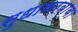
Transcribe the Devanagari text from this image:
सुधाकरबाबा